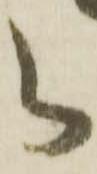
え